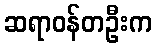
ဆရာဝန်တဦးက